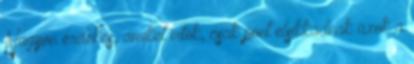
Nagyon érdekes, amiket irtok, csak pont elsikkadnak azok a